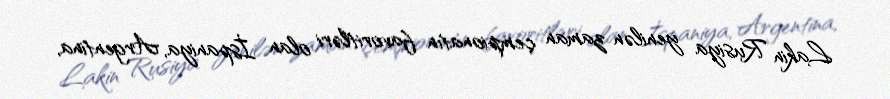
Lakin Rusiya yenilən zaman çempionatın favoritləri olan İspaniya, Argentina,